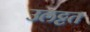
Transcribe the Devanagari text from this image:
उलट्टत